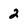
Character: 2